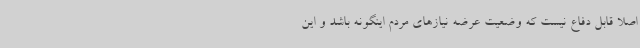
اصلا قابل دفاع نیست که وضعیت عرضه نیازهای مردم اینگونه باشد و این